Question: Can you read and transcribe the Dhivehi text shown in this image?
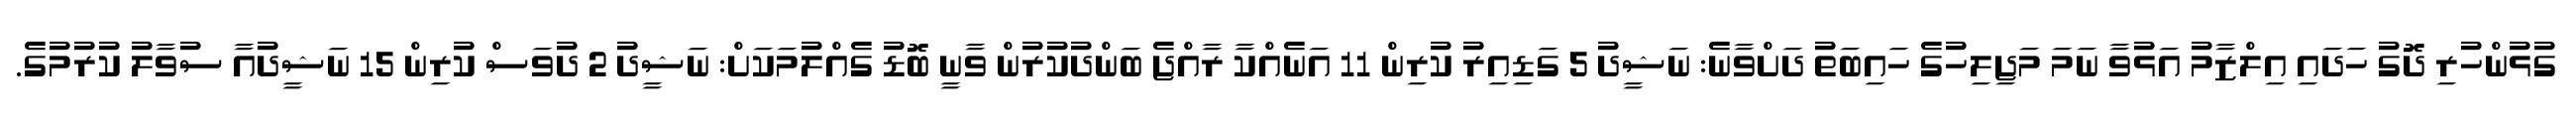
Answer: ގުޅުންހުރި ދޮގު ހަދައި އިލްޒާމު އަޅުވާ ނަމަ މަޖިލިހުގެ ހައިބަތު ދަށްވާނެ: ނަޝީދު 5 ގަޑިއިރު ކުރިން 11 އަނެއްކާ ރާއްޖެ ބަންދުކުރުން ވާނީ ބޮޑު ގެއްލުމަކަށް: ނަޝީދު 2 ދުވަސް ކުރިން 15 ނަޝީދުއާ ސުވާލު ކުރުމުގެ.